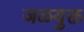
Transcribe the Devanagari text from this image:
जळयुक्त